Sketch of the medical history of the native army of Bombay, for the year
Year: 1870
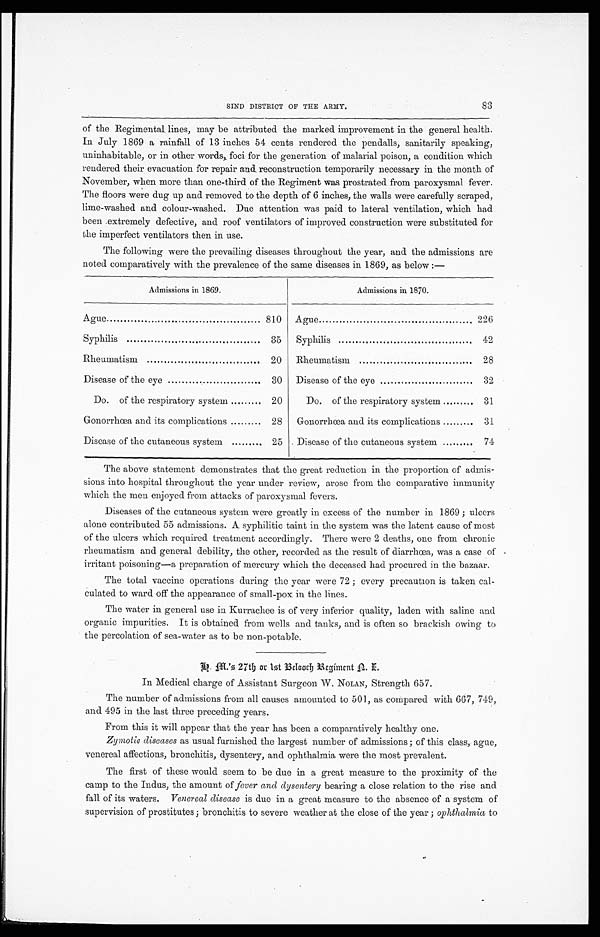
SIND DISTRICT OF THE ARMY.
83
of the Regimental lines, may be attributed the marked improvement in the general health.
In July 1869 a rainfall of 13 inches 54 cents rendered the pendalls, sanitarily speaking,
uninhabitable, or in other words, foci for the generation of malarial poison, a condition which
rendered their evacuation for repair and reconstruction temporarily necessary in the month of
November, when more than one-third of the Regiment was prostrated from paroxysmal fever.
The floors were dug up and removed to the depth of 6 inches, the walls were carefully scraped,
lime-washed and colour-washed. Due attention was paid to lateral ventilation, which had
been extremely defective, and roof ventilators of improved construction were substituted for
the imperfect ventilators then in use.
The following were the prevailing diseases throughout the year, and the admissions are
noted comparatively with the prevalence of the same diseases in 1869, as below:—
Admissions in 1869.
Admissions in 1870.
Ague
810 Ague
226
Syphilis
35
Syphilis
42
Rheumatism
20
Rheumatism
28
Disease of the eye
30 Disease of the eye
32
Do. of the respiratory system
20
Do. of the respiratory system
31
Gonorrhœa and its complications
28
Gonorrhœa and its complications
31
Disease of the cutaneous system
25
Disease of the cutaneous system
74
The above statement demonstrates that the great reduction in the proportion of admis-
sions into hospital throughout the year under review, arose from the comparative immunity
which the men enjoyed from attacks of paroxysmal fevers.
Diseases of the cutaneous system were greatly in excess of the number in 1869; ulcers
alone contributed 55 admissions. A syphilitic taint in the system was the latent cause of most
of the ulcers which required treatment accordingly. There were 2 deaths, one from chronic
rheumatism and general debility, the other, recorded as the result of diarrhœa, was a case of
irritant poisoning—a preparation of mercury which the deceased had procured in the bazaar.
The total vaccine operations during the year were 72; every precaution is taken cal-
culated to ward off the appearance of small-pox in the lines.
The water in general use in Kurrachee is of very inferior quality, laden with saline and
organic impurities. It is obtained from wells and tanks, and is often so brackish owing to
the percolation of sea-water as to be non-potable.
h. m.'s 27th or 1st Belooch Regiment n. i.
In Medical charge of Assistant Surgeon W. NOLAN, Strength 657.
The number of admissions from all causes amounted to 501, as compared with 667, 749,
and 495 in the last three preceding years.
From this it will appear that the year has been a comparatively healthy one.
Zymotic diseases as usual furnished the largest number of admissions; of this class, ague,
venereal affections, bronchitis, dysentery, and ophthalmia were the most prevalent.
The first of these would seem to be due in a great measure to the proximity of
t h e c a m p t o t h e I n d u s , t h e a m o u n t o f f e v e ra
n d d y s e n t e r y
b e a r i n g a c l o s e r e l a t i o n t o t h e r i s e a n d
fall of its waters. Venereal disease is due in a great measure to the absence of a system of
supervision of prostitutes; bronchitis to severe weather at the close of the year ; ophthalmia to